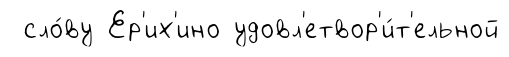
сло́ву Ер'их'ино удовл'етвор'и́т'ельной